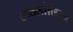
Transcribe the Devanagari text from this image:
रक्तलांछितच